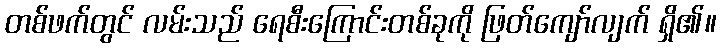
တစ်ဖက်တွင် လမ်းသည် ရေစီးကြောင်းတစ်ခုကို ဖြတ်ကျော်လျက် ရှိ၏။